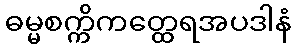
ဓမ္မစက္ကိကတ္ထေရအပဒါနံ